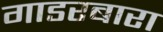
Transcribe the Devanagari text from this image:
गाडरबारा